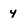
Character: 4